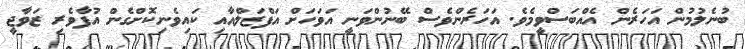
ބުނެލުމުން އަހަރެން އެއްބަސްވީމެވެ. އަހަރެންވެސް ބޭނުންވަނީ އަވަހަށް އަފްޒަލްއާއި ކައިވެނިކޮށްގެން އުފާވެރި ޒަވާޖީ